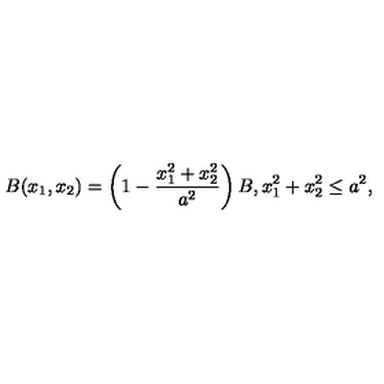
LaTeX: B ( x _ { 1 } , x _ { 2 } ) = \left( 1 - \frac { x _ { 1 } ^ { 2 } + x _ { 2 } ^ { 2 } } { a ^ { 2 } } \right) B , x _ { 1 } ^ { 2 } + x _ { 2 } ^ { 2 } \le a ^ { 2 } ,